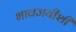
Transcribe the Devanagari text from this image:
भावजयीशी